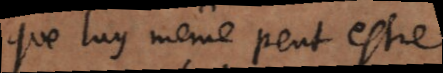
que luy mesme peut estre